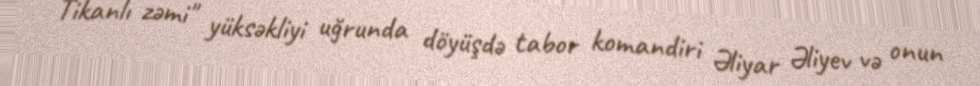
Tikanlı zəmi" yüksəkliyi uğrunda döyüşdə tabor komandiri Əliyar Əliyev və onun